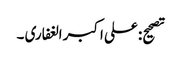
تصحیح: علی اکبر الغفاری ۔